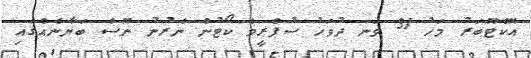
އޮކްޓޫބަރު މަހު 31 ވަނ ދުވަހު ސުޕްރީމް ކޯޓުން ނެރުނު ނޫސް ބަޔާނެއްގައި